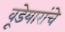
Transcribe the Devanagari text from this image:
वूडेयारांचे